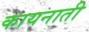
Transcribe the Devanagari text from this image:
कायनाती